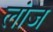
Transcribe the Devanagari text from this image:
लांज